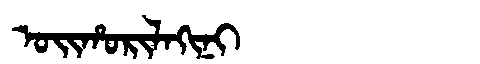
Manchu: ᠣᡳᡥᠣᡵᡳᠯᠠᡴᡳᠨᡳ
Romanization: OIHORILAKINI